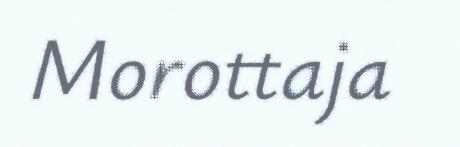
Morottaja